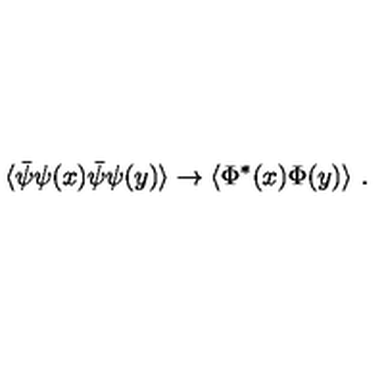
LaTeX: \langle \bar { \psi } \psi ( x ) \bar { \psi } \psi ( y ) \rangle \to \langle \Phi ^ { * } ( x ) \Phi ( y ) \rangle \ .